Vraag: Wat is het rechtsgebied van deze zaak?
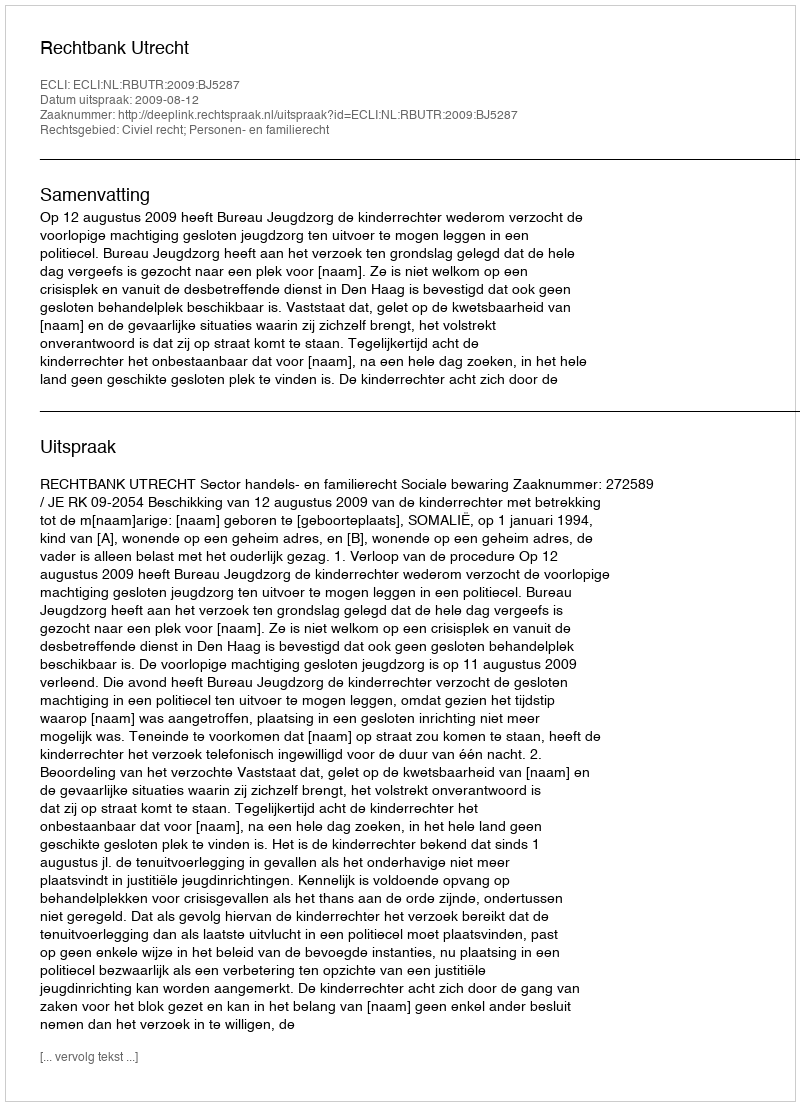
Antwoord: Civiel recht; Personen- en familierecht